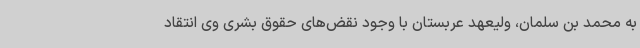
به محمد بن سلمان، ولیعهد عربستان با وجود نقض‌های حقوق بشری وی انتقاد